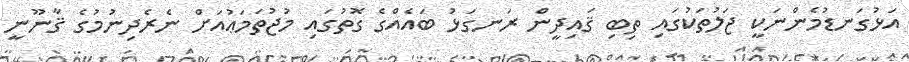
އަޅުގަނޑުމެންނަކީ ޖަލުތަކުގައި ތިބި ޤައިދީން ރަނގަޅު ބައެއްގެ ގޮތުގައި މުޖުތަމަޢުއަށް ނެރެދިނުމުގެ ޤާނޫނީ